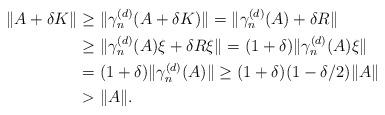
LaTeX: \begin{align*}\|A+\delta K\|&\geq \|\gamma_n^{(d)}(A+\delta K) \|=\| \gamma_n^{(d)}(A)+\delta R\|\\&\geq \|\gamma_n^{(d)}(A)\xi+\delta R\xi\|=(1+\delta)\|\gamma_n^{(d)}(A)\xi\|\\&=(1+\delta)\|\gamma_n^{(d)}(A)\|\geq (1+\delta)(1-\delta/2)\|A\|\\&>\|A\|.\end{align*}